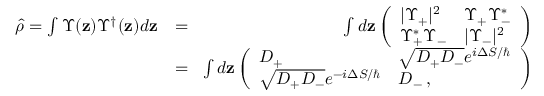
\begin{array} { r l r } { \hat { \rho } = \int \Upsilon ( \mathbf { z } ) \Upsilon ^ { \dag } ( \mathbf { z } ) d \mathbf { z } } & { = } & { \! \int d \mathbf { z } \left( \begin{array} { l l } { | \Upsilon _ { + } | ^ { 2 } } & { \Upsilon _ { + } \Upsilon _ { - } ^ { * } } \\ { \Upsilon _ { + } ^ { * } \Upsilon _ { - } } & { | \Upsilon _ { - } | ^ { 2 } } \end{array} \right) } \\ & { = } & { \! \int d \mathbf { z } \left( \begin{array} { l l } { D _ { + } } & { \sqrt { D _ { + } D _ { - } } e ^ { i \Delta S / \hbar } } \\ { \sqrt { D _ { + } D _ { - } } e ^ { - i \Delta S / \hbar } } & { D _ { - } \, , } \end{array} \right) } \end{array}